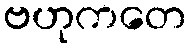
ဗဟုကတေ